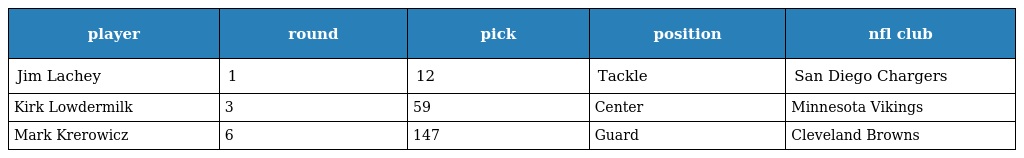
| player | round | pick | position | nfl club |
 | --- | --- | --- | --- | --- |
 | Jim Lachey | 1 | 12 | Tackle | San Diego Chargers |
 | Kirk Lowdermilk | 3 | 59 | Center | Minnesota Vikings |
 | Mark Krerowicz | 6 | 147 | Guard | Cleveland Browns |